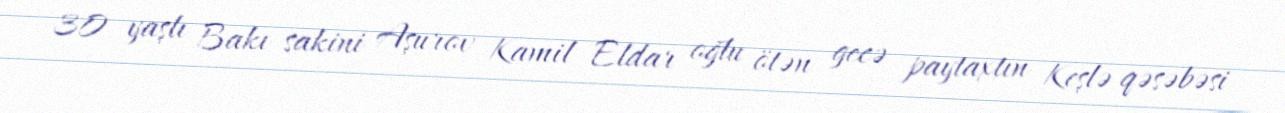
30 yaşlı Bakı sakini Aşurov Kamil Eldar oğlu ötən gecə paytaxtın Keşlə qəsəbəsi